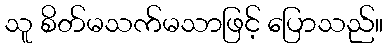
သူ စိတ်မသက်မသာဖြင့် ပြောသည်။